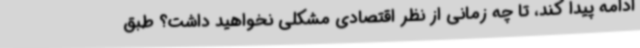
ادامه پیدا کند، تا چه زمانی از نظر اقتصادی مشکلی نخواهید داشت؟ طبق